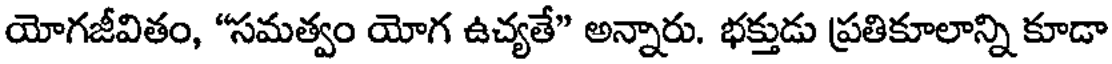
యోగజీవితం, "సమత్వం యోగ ఉచ్యతే" అన్నారు. భక్తుడు ప్రతికూలాన్ని కూడా